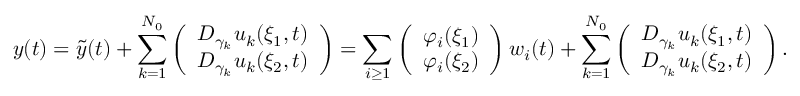
y ( t ) = \tilde { y } ( t ) + \sum _ { k = 1 } ^ { N _ { 0 } } \left( \begin{array} { l } { D _ { \gamma _ { k } } u _ { k } ( \xi _ { 1 } , t ) } \\ { D _ { \gamma _ { k } } u _ { k } ( \xi _ { 2 } , t ) } \end{array} \right) = \sum _ { i \geq 1 } \left( \begin{array} { l } { \varphi _ { i } ( \xi _ { 1 } ) } \\ { \varphi _ { i } ( \xi _ { 2 } ) } \end{array} \right) w _ { i } ( t ) + \sum _ { k = 1 } ^ { N _ { 0 } } \left( \begin{array} { l } { D _ { \gamma _ { k } } u _ { k } ( \xi _ { 1 } , t ) } \\ { D _ { \gamma _ { k } } u _ { k } ( \xi _ { 2 } , t ) } \end{array} \right) .